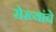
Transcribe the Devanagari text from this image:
रोख्यांचे